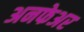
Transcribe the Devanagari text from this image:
अनफेअर